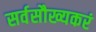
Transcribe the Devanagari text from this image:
सर्वसौख्यकरं